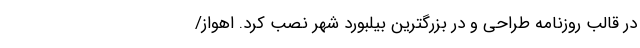
در قالب روزنامه‌ طراحی‌ و در بزرگترین‌ بیلبورد شهر نصب کرد‌. اهواز/